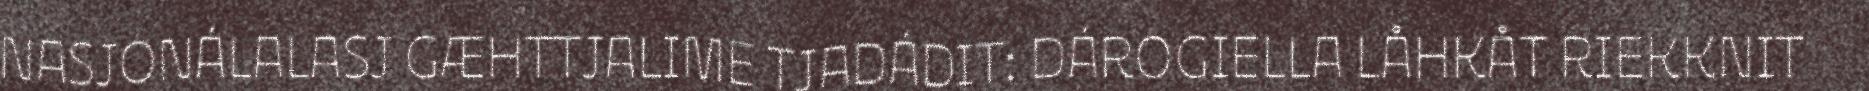
NASJONÁLALASJ GÆHTTJALIME TJADÁDIT: DÁROGIELLA LÅHKÅT RIEKKNIT